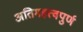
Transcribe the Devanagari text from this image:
अतिमहत्‍वपुर्ण